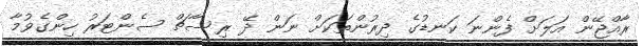
ރާއްޖޭން އަލަށް ފެންނަ ކަނޑުގެ ދިރުންތަކަށް ނަން ދޭ ރިސާޗް ސެންޓަރު ހިންގެވުމާ